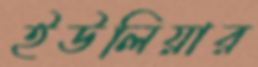
ইউলিয়ার